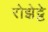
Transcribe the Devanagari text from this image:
रोझेट्टे